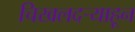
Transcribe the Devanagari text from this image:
चिखलदर्‍याहून